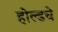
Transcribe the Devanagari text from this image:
होल्डचे